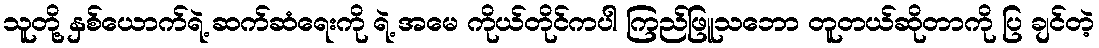
သူတို့ နှစ်ယောက်ရဲ့ ဆက်ဆံရေးကို ရဲ့ အမေ ကိုယ်တိုင်ကပါ ကြည်ဖြူသဘော တူတယ်ဆိုတာကို ပြ ချင်တဲ့